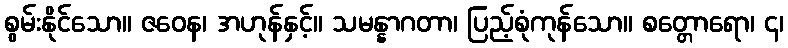
စွမ်းနိုင်သော။ ဇဝေန၊ အဟုန်နှင့်။ သမန္နာဂတာ၊ ပြည့်စုံကုန်သော။ စတ္တောရော၊ ၄၊